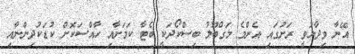
އޭނާ ވިދާޅުވީ ރަށުގައި އެންމެ މަގްބޫލު ބިސްކޯދަކީ ބެޓާ ކަމަށާއި ހާއްސަކޮށް ކުޑަކުދިންނާއި